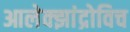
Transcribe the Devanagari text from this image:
आलेक्झांद्रोविच